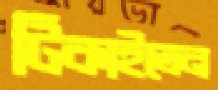
টিকাইতেন